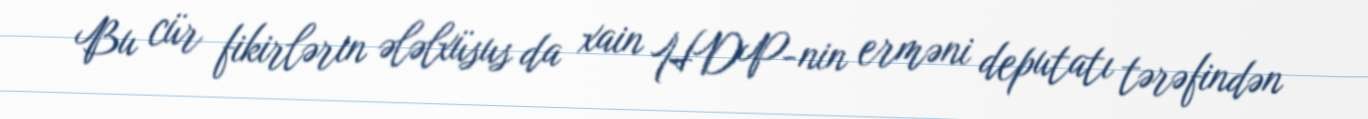
Bu cür fikirlərin ələlxüsus da xain HDP-nin erməni deputatı tərəfindən